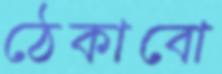
ঠেকাবো